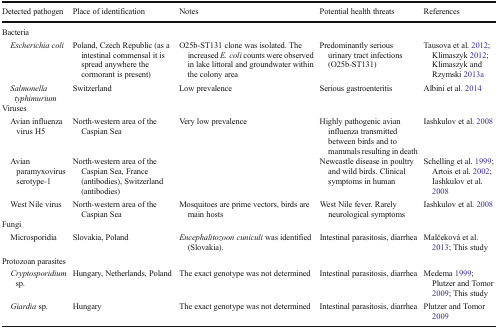
<table><thead><tr><td><b>Detected pathogen</b></td><td><b>Place of identification</b></td><td><b>Notes</b></td><td><b>Potential health threats</b></td><td><b>References</b></td></tr></thead><tbody><tr><td colspan="5">Bacteria</td></tr><tr><td> <i>Escherichia coli</i></td><td>Poland, Czech Republic (as a intestinal commensal it is spread anywhere the cormorant is present)</td><td>O25b-ST131 clone was isolated. The increased <i>E. coli</i> counts were observed in lake littoral and groundwater within the colony area</td><td>Predominantly serious urinary tract infections (O25b-ST131)</td><td>Tausova et al. 2012; Klimaszyk 2012; Klimaszyk and Rzymski 2013a</td></tr><tr><td> <i>Salmonella typhimurium</i></td><td>Switzerland</td><td>Low prevalence</td><td>Serious gastroenteritis</td><td>Albini et al. 2014</td></tr><tr><td colspan="5">Viruses</td></tr><tr><td> Avian influenza virus H5</td><td>North-western area of the Caspian Sea</td><td>Very low prevalence</td><td>Highly pathogenic avian influenza transmitted between birds and to mammals resulting in death</td><td>Iashkulov et al. 2008</td></tr><tr><td> Avian paramyxovirus serotype-1</td><td>North-western area of the Caspian Sea, France (antibodies), Switzerland (antibodies)</td><td></td><td>Newcastle disease in poultry and wild birds. Clinical symptoms in human</td><td>Schelling et al. 1999; Artois et al. 2002; Iashkulov et al. 2008</td></tr><tr><td> West Nile virus</td><td>North-western area of the Caspian Sea</td><td>Mosquitoes are prime vectors, birds are main hosts</td><td>West Nile fever. Rarely neurological symptoms</td><td>Iashkulov et al. 2008</td></tr><tr><td colspan="5">Fungi</td></tr><tr><td> Microsporidia</td><td>Slovakia, Poland</td><td><i>Encephalitozoon cuniculi</i> was identified (Slovakia).</td><td>Intestinal parasitosis, diarrhea</td><td>Malčeková et al. 2013; This study</td></tr><tr><td colspan="5">Protozoan parasites</td></tr><tr><td> <i>Cryptosporidium</i> sp.</td><td>Hungary, Netherlands, Poland</td><td>The exact genotype was not determined</td><td>Intestinal parasitosis, diarrhea</td><td>Medema 1999; Plutzer and Tomor 2009; This study</td></tr><tr><td> <i>Giardia</i> sp.</td><td>Hungary</td><td>The exact genotype was not determined</td><td>Intestinal parasitosis, diarrhea</td><td>Plutzer and Tomor 2009</td></tr></tbody></table>